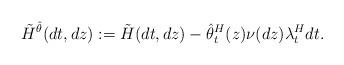
LaTeX: \begin{align*}\tilde{H}^{\hat\theta}(dt,dz):=\tilde{H}(dt,dz)-{\hat\theta^H}_t(z)\nu(dz)\lambda^H_t dt.\end{align*}